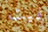
فيت